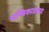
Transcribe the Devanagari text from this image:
चण्डिकाप्रसाद